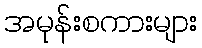
အမုန်းစကားများ